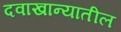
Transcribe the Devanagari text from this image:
दवाखान्यातील